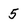
Character: 5